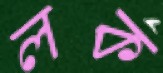
লক